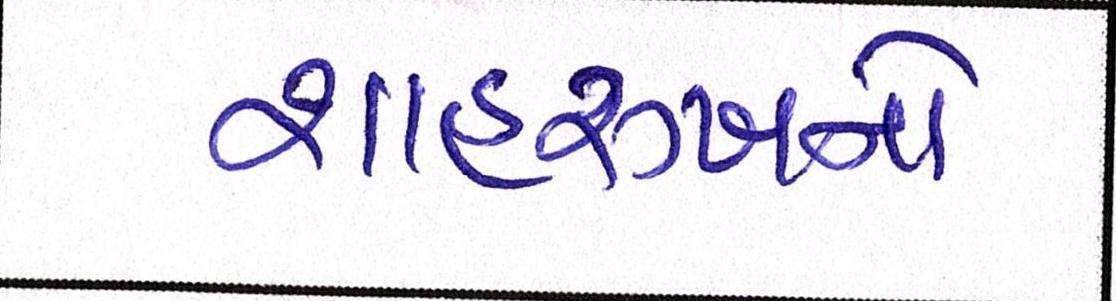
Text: શાહરુખનો